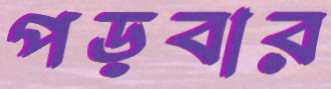
পড়বার